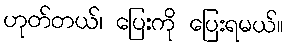
ဟုတ်တယ်၊ ပြေးကို ပြေးရမယ်။